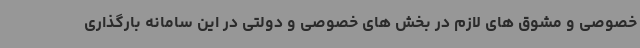
خصوصی و مشوق های لازم در بخش های خصوصی و دولتی در این سامانه بارگذاری